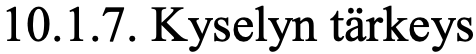
10.1.7. Kyselyn tärkeys